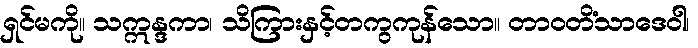
ရှင်မကို။ သဣန္ဒကာ၊ သိကြားနှင့်တကွကုန်သော။ တာဝတိံသာဒေဝါ၊